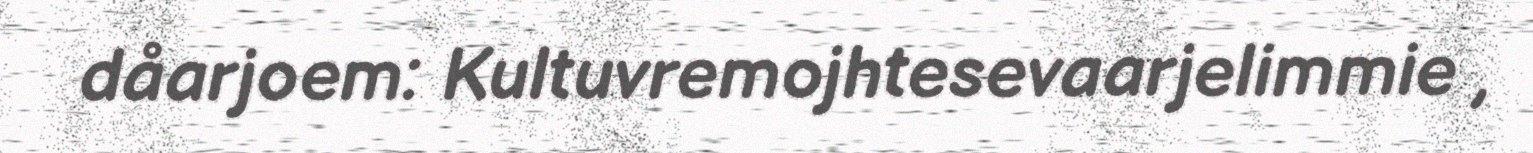
dåarjoem: Kultuvremojhtesevaarjelimmie ,